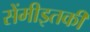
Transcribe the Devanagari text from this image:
सेंमीइतकी